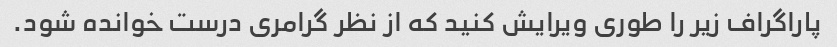
پاراگراف زیر را طوری ویرایش کنید که از نظر گرامری درست خوانده شود.